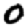
Digit: 0